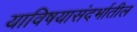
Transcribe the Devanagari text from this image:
याविषयासंदर्भातील